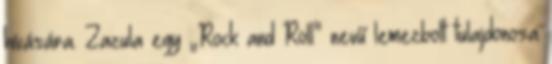
hívására. Zazula egy „Rock and Roll” nevű lemezbolt tulajdonosa